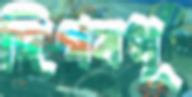
দিগবধূ